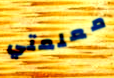
معلمتي